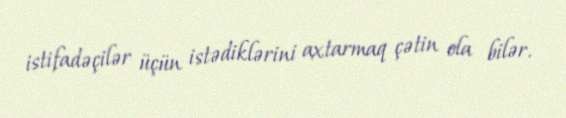
istifadəçilər üçün istədiklərini axtarmaq çətin ola bilər.